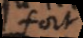
fort